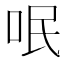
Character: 呡